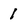
Character: 1